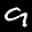
Label: 9